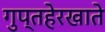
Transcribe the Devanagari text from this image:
गुप्तहेरखाते